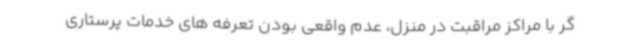
گر با مراکز مراقبت در منزل، عدم واقعی بودن تعرفه های خدمات پرستاری